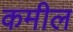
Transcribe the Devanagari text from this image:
कमील